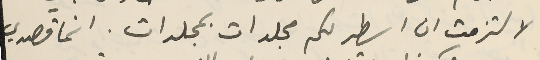
لالتزمت ان اسطر لكم مجلدات بمجلدات. انما قصدي